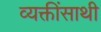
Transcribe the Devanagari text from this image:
व्यक्तींसाथी